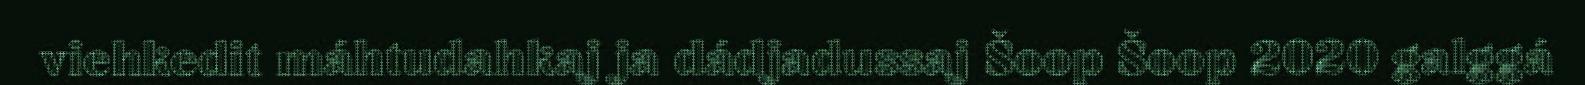
viehkedit máhtudahkaj ja dádjadussaj Šoop Šoop 2020 galggá